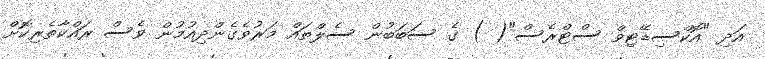
އަދި "އޮކްސިޑޭޓިވް ސްޓްރެސް"( ) ގެ ސަބަބުން ސެލްތައް މަރުވެގެންދިއުމުން ވެސް ރައްކާތެރިކޮށް